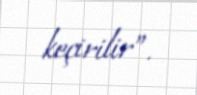
keçirilir”.